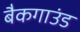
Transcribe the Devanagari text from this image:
बैकगाउंड